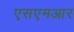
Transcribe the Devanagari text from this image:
एसएमआर